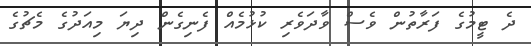
ދެ ޓީމުގެ ފަރާތުން ވެސް ވާދަވެރި ކުޅުމެއް ފެނިގެން ދިޔަ މިއަދުގެ މެޗުގެ